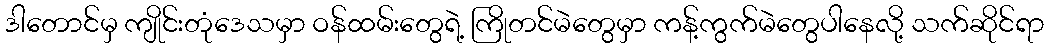
ဒါတောင်မှ ကျိုင်းတုံဒေသမှာ ဝန်ထမ်းတွေရဲ့ ကြိုတင်မဲတွေမှာ ကန့်ကွက်မဲတွေပါနေလို့ သက်ဆိုင်ရာ